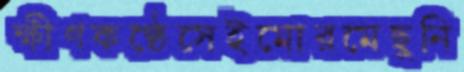
ক্ষীণকণ্ঠেসেইমোরমেছুনি